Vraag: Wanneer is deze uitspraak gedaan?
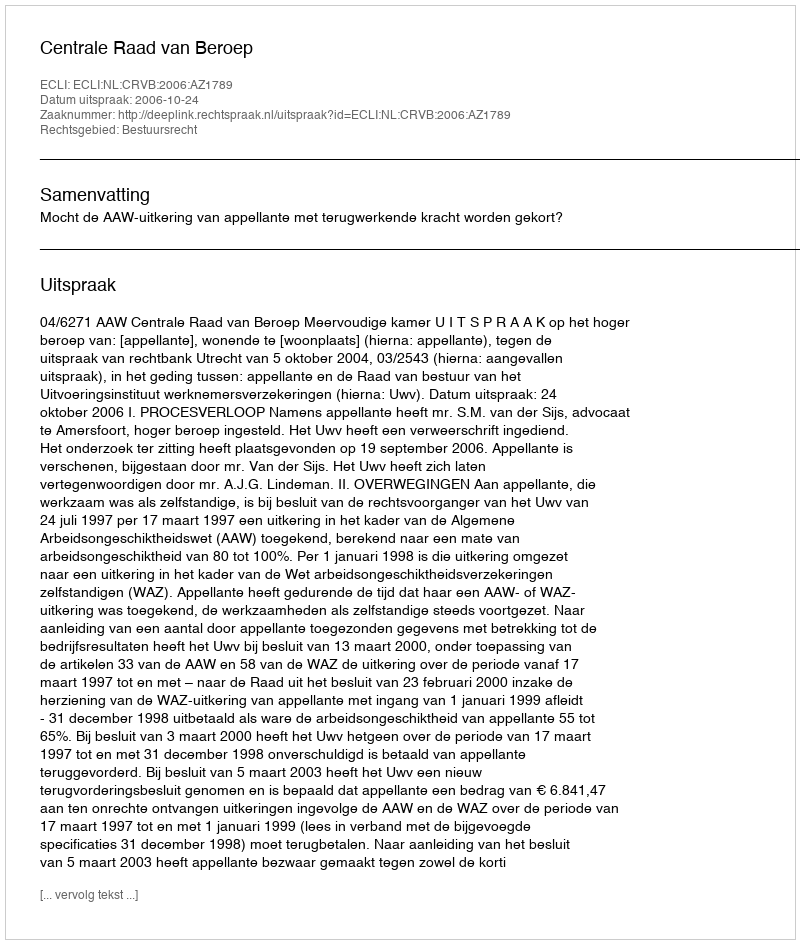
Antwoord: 2006-10-24